Indian journal of veterinary science and animal husbandry - Volume 10,
Year: 1940
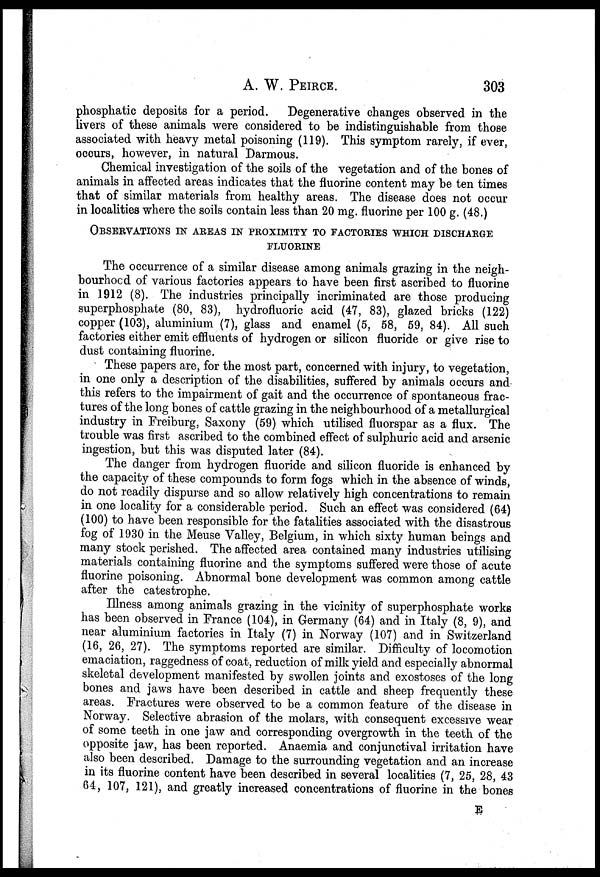
A. W. PEIRCE.
303
phosphatic deposits for a period.
Degenerative changes observed in the
livers of these animals were considered to be indistinguishable from those
associated with heavy metal poisoning (119). This symptom rarely, if ever,
occurs, however, in natural Darmous.
Chemical investigation of the soils of the vegetation and of the bones of
animals in affected areas indicates that the fluorine content may be ten times
that of similar materials from healthy areas. The disease does not occur
in localities where the soils contain less than 20 mg. fluorine per 100 g. (48.)
OBSERVATIONS IN AREAS IN PROXIMITY TO FACTORIES WHICH DISCHARGE
FLUOLRINE
The occurrence of a similar disease among animals grazing in the neigh-
bourhood of various factories appears to have been first ascribed to fluorine
in 1912 (8). The industries principally incriminated are those producing
superphosphate (80, 83), hydrofluoric acid (47, 83), glazed bricks (122)
copper (103), aluminium (7), glass and enamel (5, 58, 59, 84). All such
factories either emit effluents of hydrogen or silicon fluoride or give rise to
dust containing fluorine.
These papers are, for the most part, concerned with injury, to vegetation,
in one only a description of the disabilities, suffered by animals occurs and
this refers to the impairment of gait and the occurrence of spontaneous frac-
tures of the long bones of cattle grazing in the neighbourhood of a metallurgical
industry in Freiburg, Saxony (59) which utilised fluorspar as a flux. The
trouble was first ascribed to the combined effect of sulphuric acid and arsenic
ingestion, but this was disputed later (84).
The danger from hydrogen fluoride and silicon fluoride is enhanced by
the capacity of these compounds to form fogs which in the absence of winds,
do not readily dispurse and so allow relatively high concentrations to remain
in one locality for a considerable period. Such an effect was considered (64)
(100) to have been responsible for the fatalities associated with the disastrous
fog of 1930 in the Meuse Valley, Belgium, in which sixty human beings and
many stock perished. The affected area contained many industries utilising
materials containing fluorine and the symptoms suffered were those of acute
fluorine poisoning. Abnormal bone development was common among cattle
after the catestrophe.
Illness among animals grazing in the vicinity of superphosphate works
has been observed in France (104), in Germany (64) and in Italy (8, 9), and
near aluminium factories in Italy (7) in Norway (107) and in Switzerland
(16, 26, 27). The symptoms reported are similar. Difficulty of locomotion
emaciation, raggedness of coat, reduction of milk yield and especially abnormal
skeletal development manifested by swollen joints and exostoses of the long
bones and jaws have been described in cattle and sheep frequently these
areas. Fractures were observed to be a common feature of the disease in
Norway. Selective abrasion of the molars, with consequent excessive wear
of some teeth in one jaw and corresponding overgrowth in the teeth of the
opposite jaw, has been reported. Anaemia and conjunctival irritation have
also been described. Damage to the surrounding vegetation and an increase
in its fluorine content have been described in several localities (7, 25, 28, 43
64, 107, 121), and greatly increased concentrations of fluorine in the bones
E